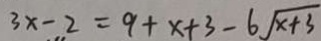
3 x - 2 = 9 + x + 3 - 6 \sqrt { x + 3 }